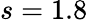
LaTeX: s=1.8